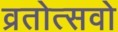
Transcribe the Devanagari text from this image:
व्रतोत्सवो